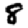
Digit: 8